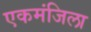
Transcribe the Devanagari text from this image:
एकमंजिला